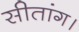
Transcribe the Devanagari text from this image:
सीतांग।